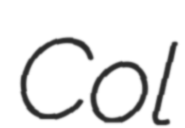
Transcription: Col